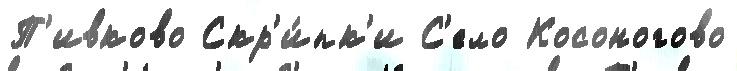
П'ивково Скр'и́пк'и С'ело Косоногово